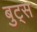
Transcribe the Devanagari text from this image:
बुट्स